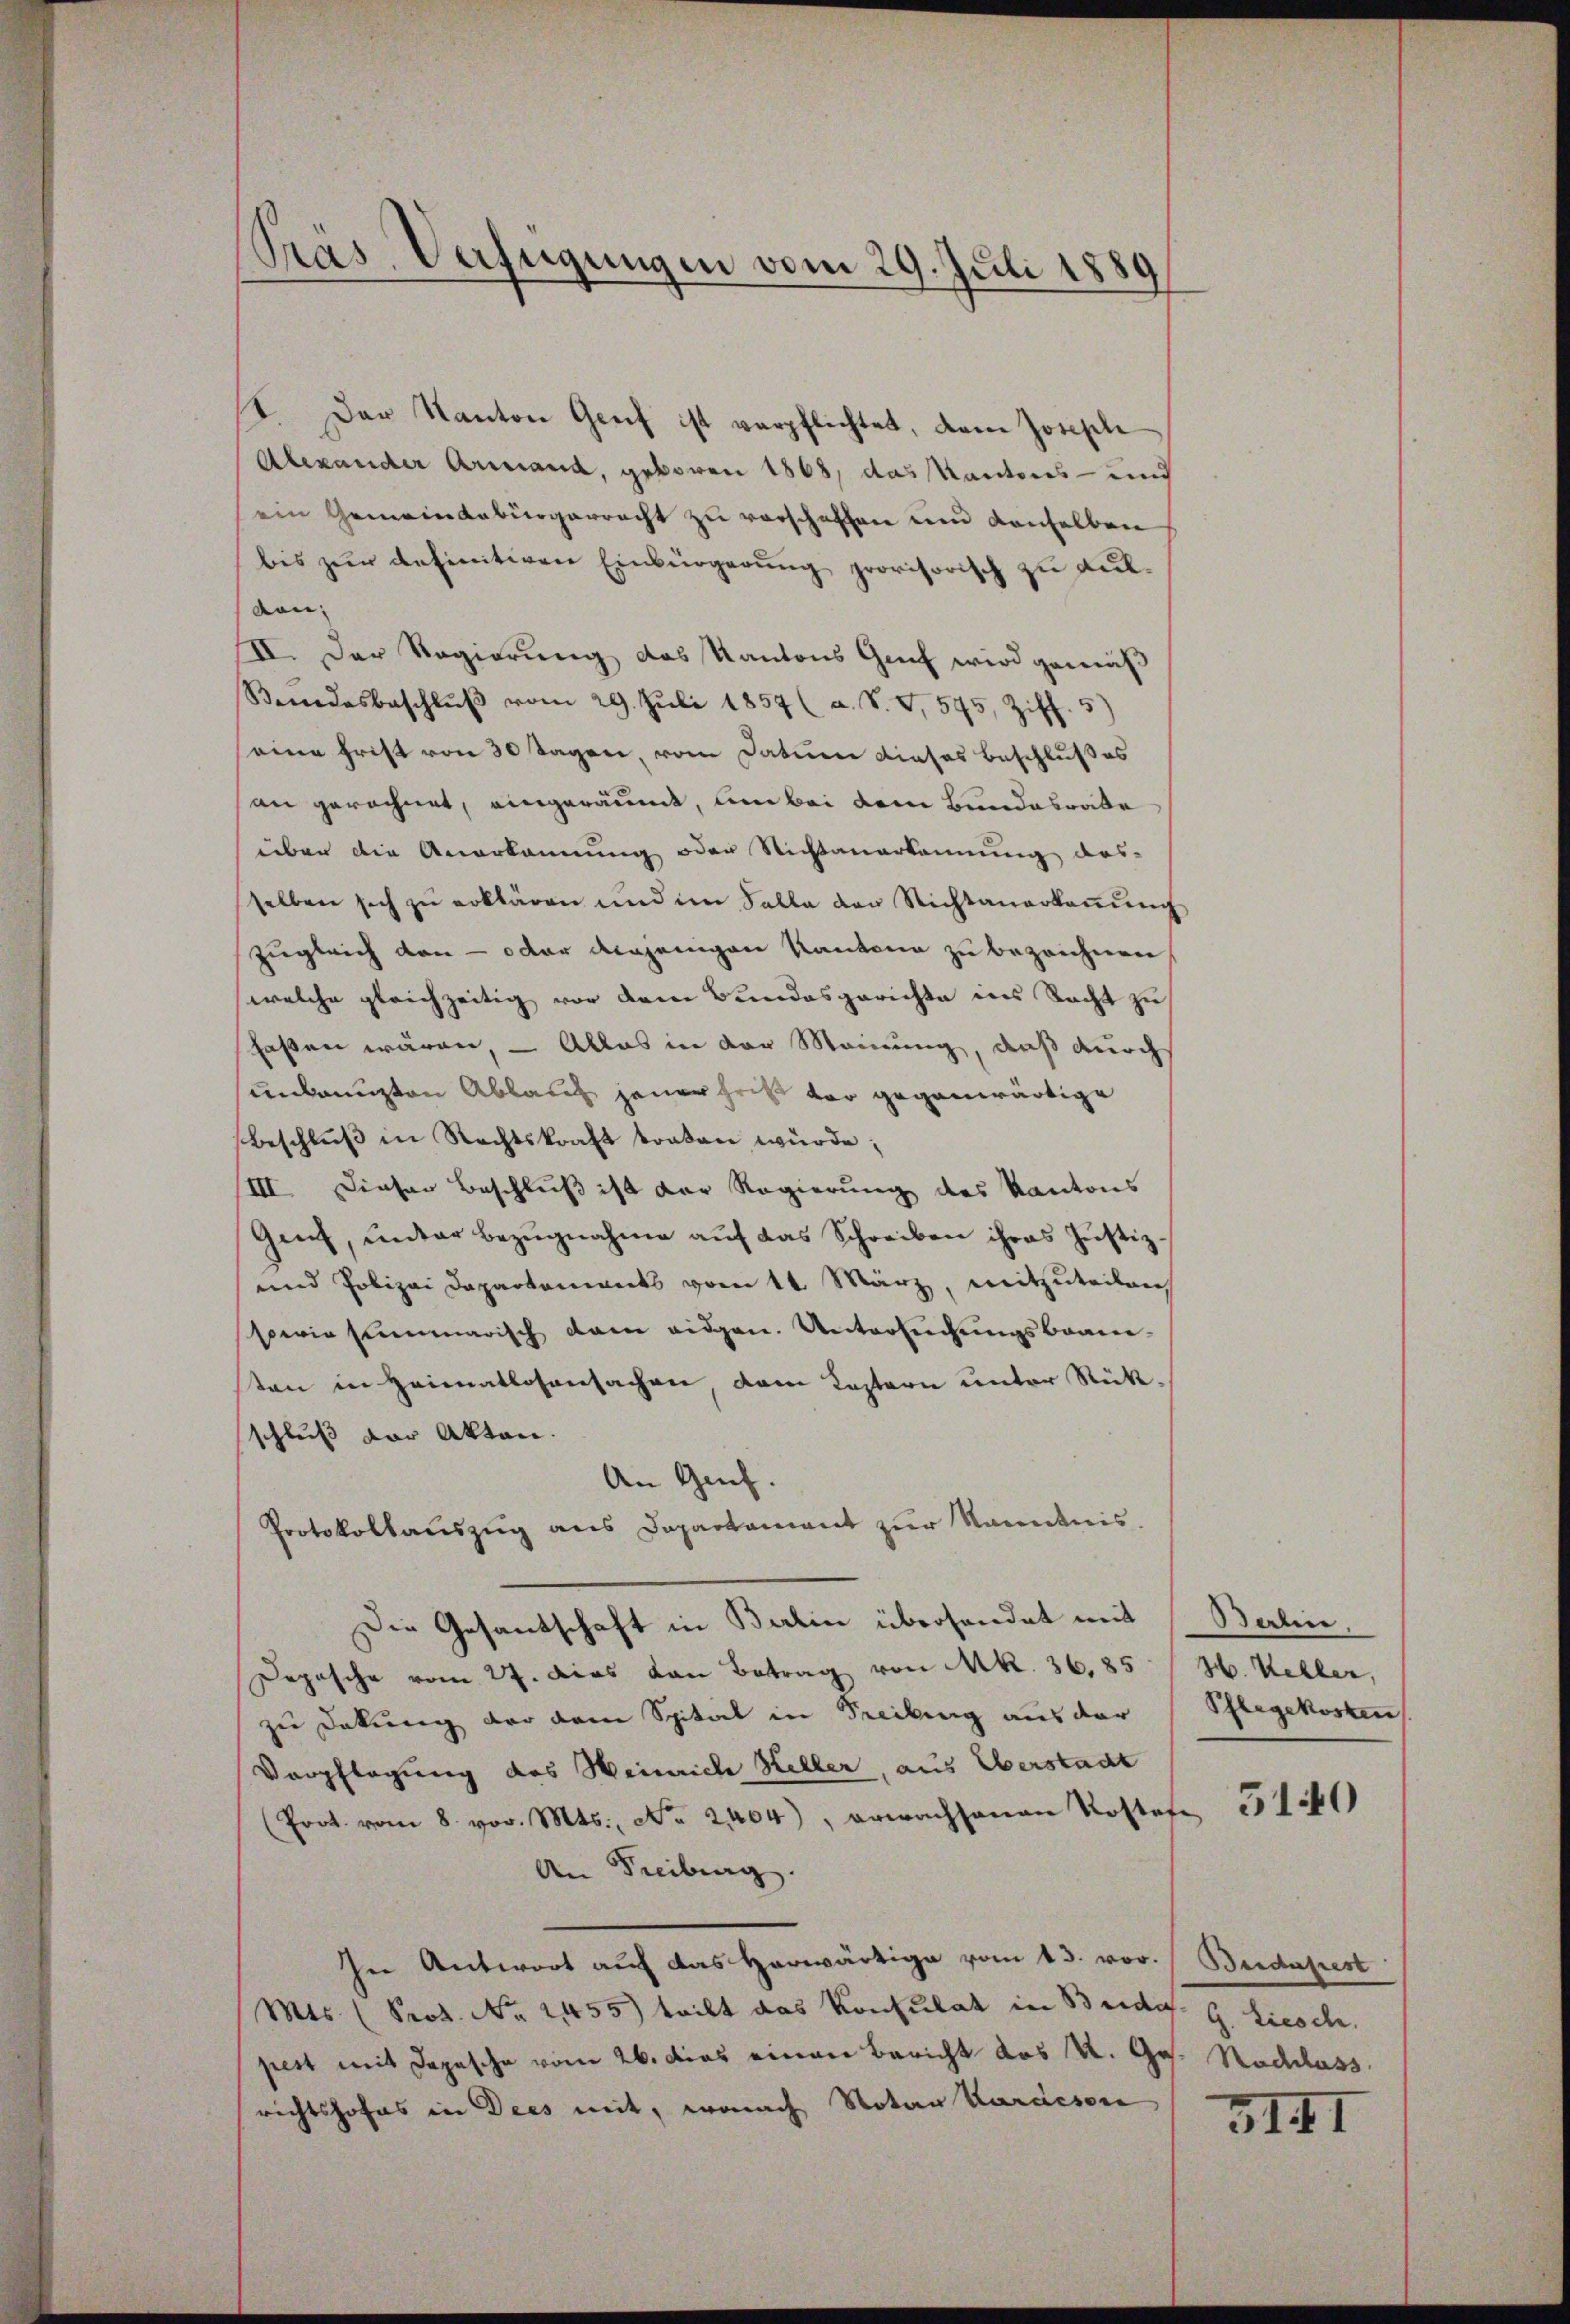
Pras Verfügungen vom 29. Juli 1889

4. Der Kanton Genf ist verpflichtet, dem Josephi
Alexander Armand, geboren 1868, das Kantons- und
ein Gemeindebürgerrecht zu verschaffen und denselben
bis zŭr definitiven Einbürgerŭng provisorisch z
Auldan
II. Der Regierung das Kantons Graf wird gemäß
Bendesbeschlŭβ vom 29. Jŭli 1857 (a. S. V. 595, Ziff. 5)
eine Frist von 30 Tagen, vom Datum dieses Beschlußes
an gerechnet, eingeräumt, um bei dem Bundesrate
süben die Anerkannung oder Nichtanerkannung des-
selben sich zu erklären und im Falle der Nichtanerkeṅŭng
zugleich den - oder denjenigen Kantone zu bezeichnen
welche gleichzeitig vor dem Bundesgerichte ins Recht zu
faßen wären, – Alles in der Meinung, daß durch
unkanuzten Ablauch jener heit vor gegenwärtige
Beschlŭβ in Rechtskraft traten würde;
III Dieser Beschluß ist der Regierung des Kantons
Genf, ŭnter Bezŭgnahme aŭf das Schreiben ihres Justiz-
und Polizei Departements vom 14. März, mitzuteilen
sowie summarisch dem eidgen. Untersuchungsbeanten in Heimatlosensachen, dem Kostern unter Rückschluß der Akten.
An Genf.
Protokollauszug aus Departement zur Kenntnis.
Die Gesantschaft in Balin überhandet mit
Depesche vom 27. Das von Betrag von Mk. 36,85
zu Dokung der dem Spitel in Freibung aus der
Verpflegung des Weinrich Heller, aus Überstadt
(Prot. vom 8. vor. Mts., No. 2404), erwachsanen Koster
An Freiburg.
In Antwort auf das herwärtige vom 13. vor. Beidapest
Mts. (Prot. No 1455) teilt das Konsulat in Beide. G. Liesch.
pest mit Depesche vom 26. Das einen Bericht des K. Ges. Nachlass
richtshofes in Dies mit, wonach Notar Karaison

Berlin.
Hch. Kehler,
Pflegekosten

5140

3III